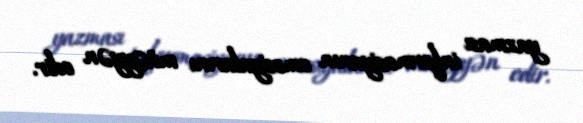
yazması informasiyanın emosiyalarını müəyyən edir.